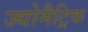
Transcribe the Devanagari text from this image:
ज्योमैट्रिक